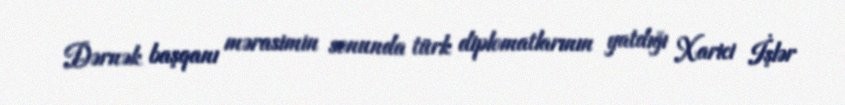
Dərnək başqanı mərasimin sonunda türk diplomatlarının yatdığı Xarici İşlər